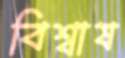
বিশ্বাষ